Leningradi_Edasi_toimetus, lk 94
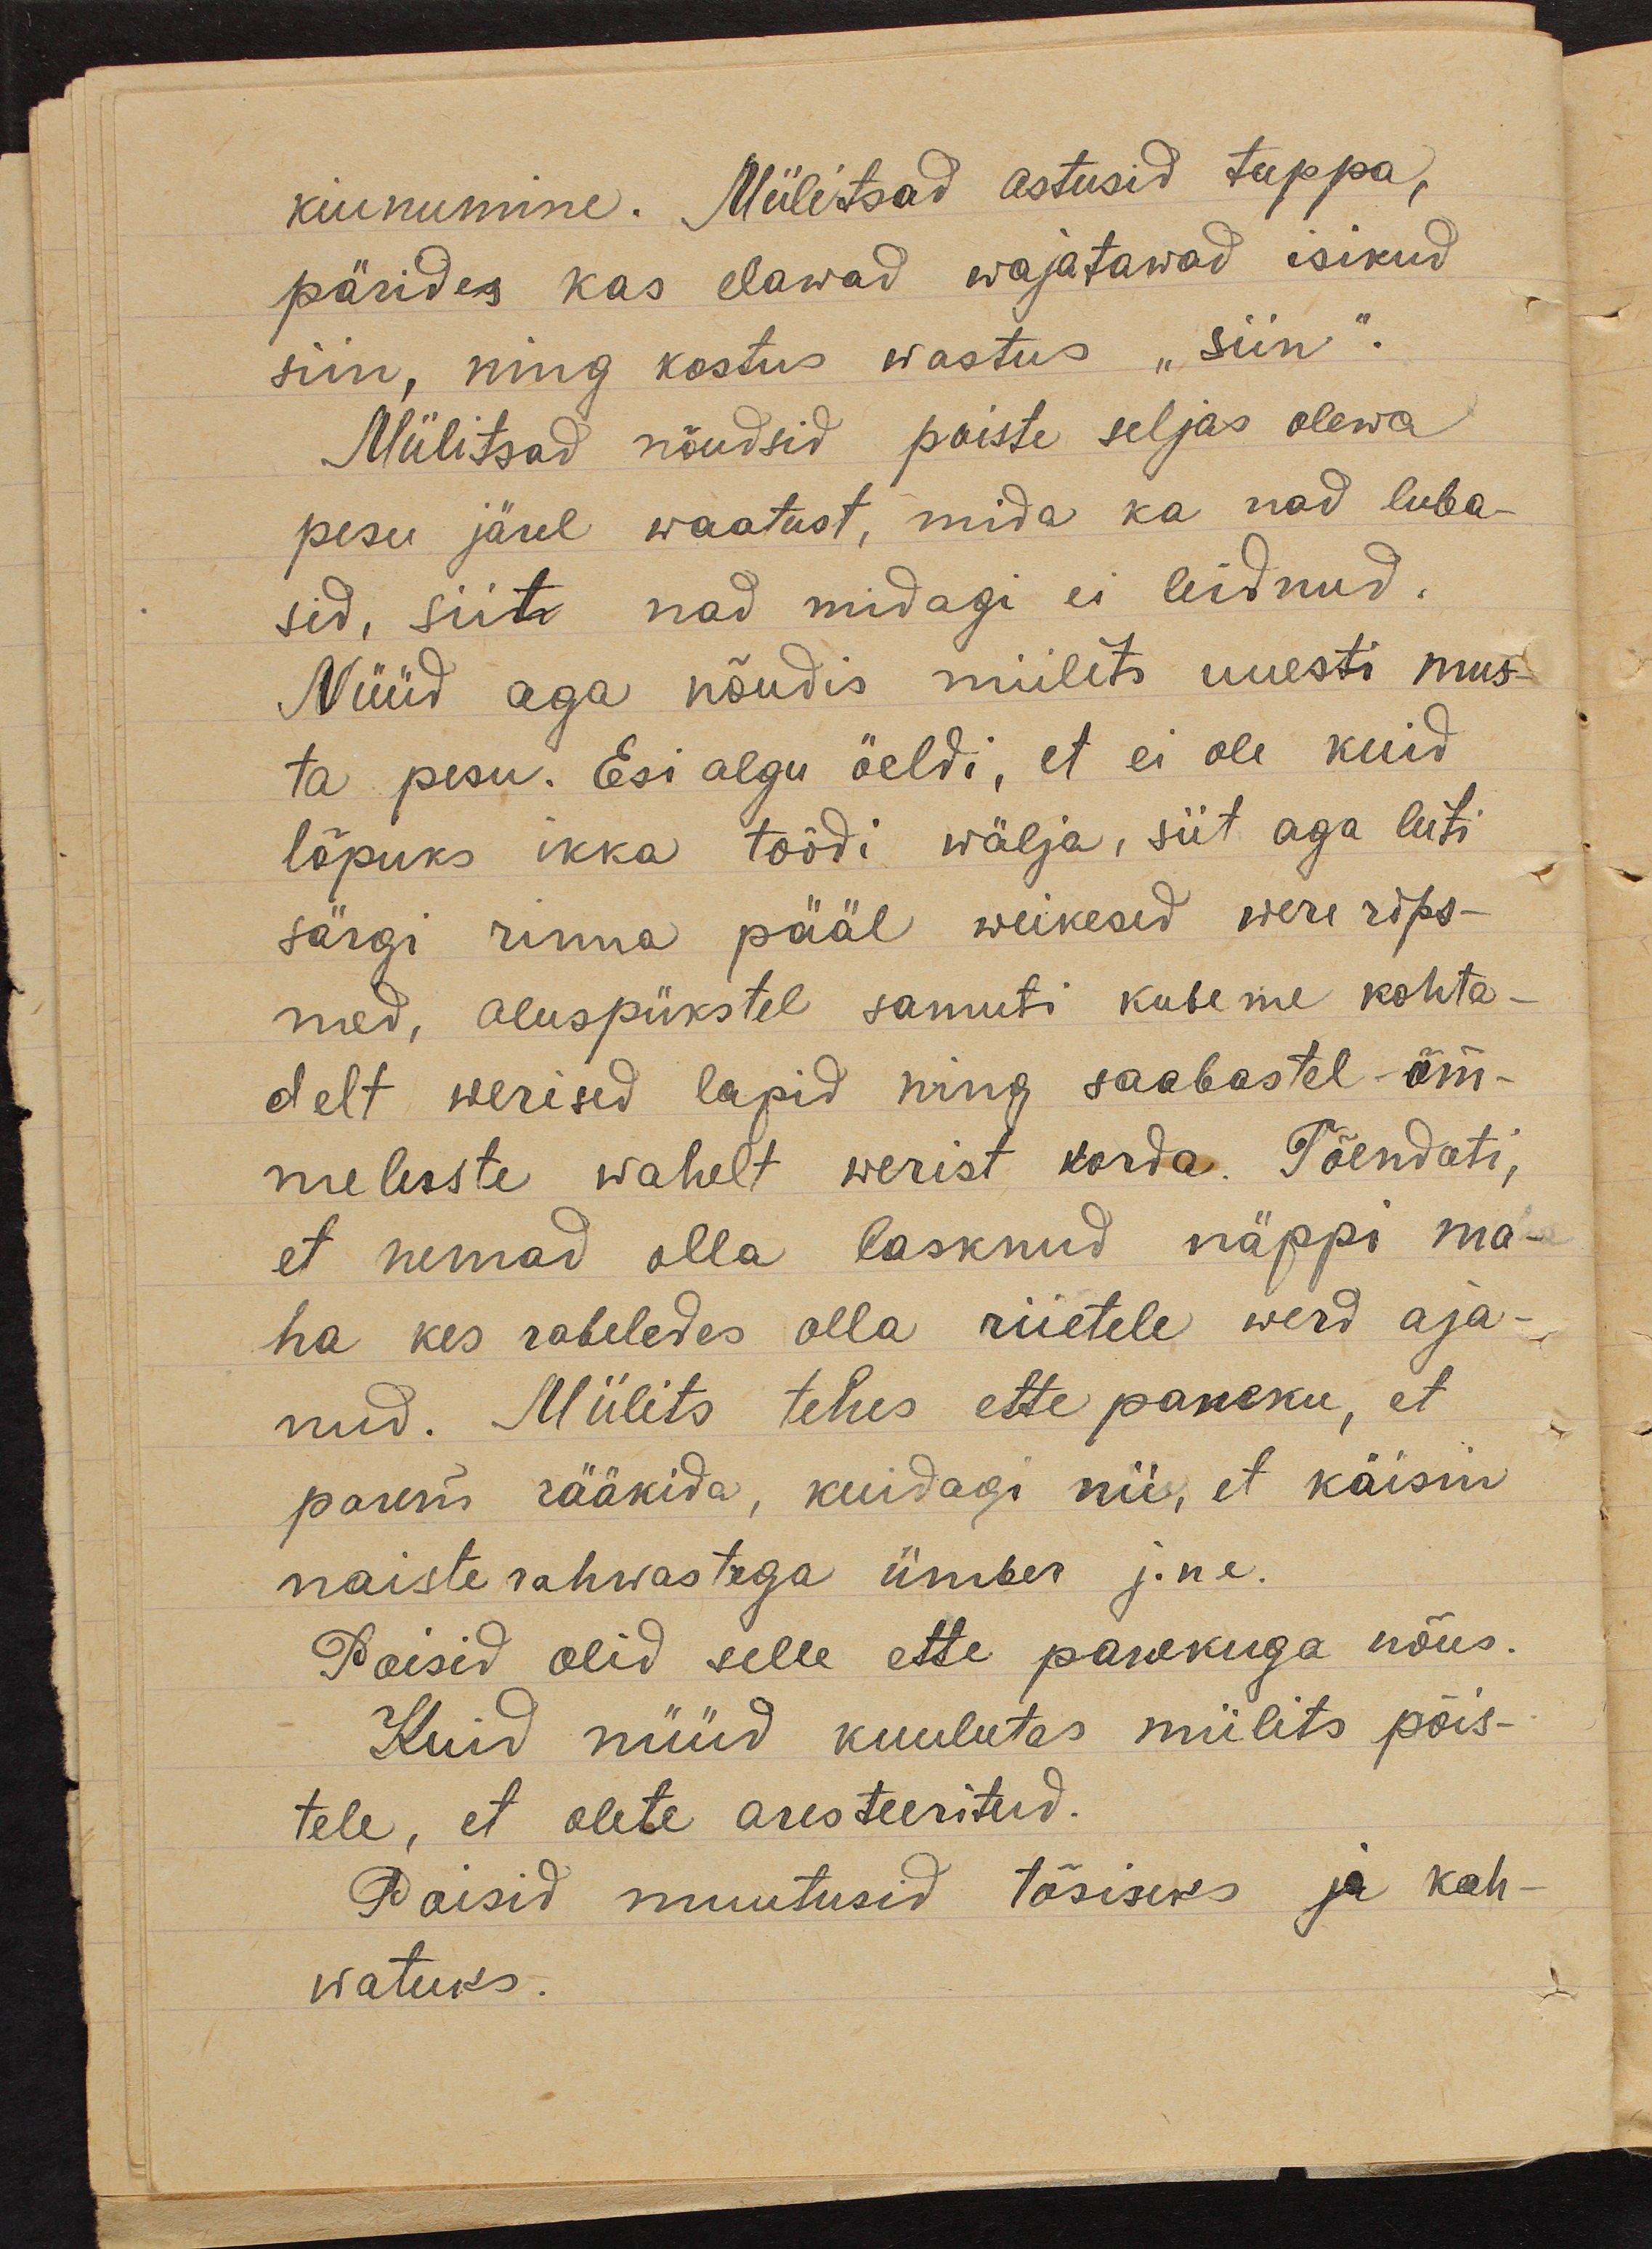
kiunumine. Miilitsad astusid tuppa,
pärides kas elawad wajatawad isikud
siin, ning kostus wastus "siin".
Miilitsad nõudsid poiste seljas olewa
pesu järel waatust, mida ka nad luba-
sid, siit nad midagi ei leidnud.
Nüüd aga nõudis miilets uuesti mus-
ta pesu. Esi algu öeldi, et ei ole kuid
lõpuks ikka toödi wälja, siit aga leiti
särgi rinna pääl weikesed were rips-
med, aluspükstel samuti kubeme kohta-
delt werised lapid ning saabastel - õm-
meluste wahelt werist korda. Tõendati,
et nemad olla lasknud näppi ma-
ha kes rabeledes olla riietele werd aja-
nud. Miilits tehes ette paneku, et
parem rääkida, kuidagi nii, et käisin
naiste rahwastega ümber j. n e.
Poisid olid selle ette panekuga nõus.
Kuid nüüd kuulutas miilits põis-
tele, et olete aresteeritud.
Poisid muutusid tõsiseks ja kah-
watuks.